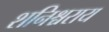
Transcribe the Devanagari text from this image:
शनिश्चराय